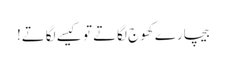
بیچارے کھوج لگاتے تو کیسے لگاتے!